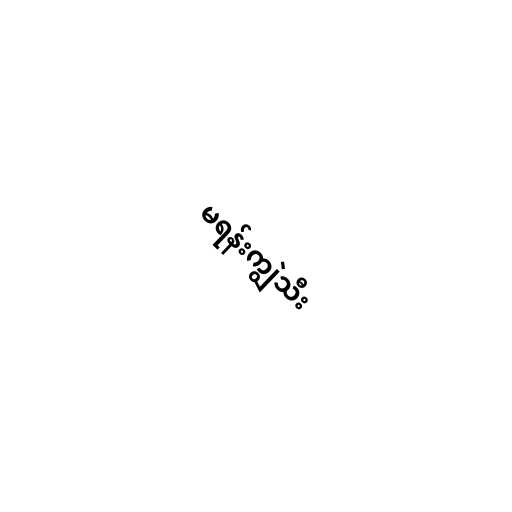
မရန်းကျွဲသီး